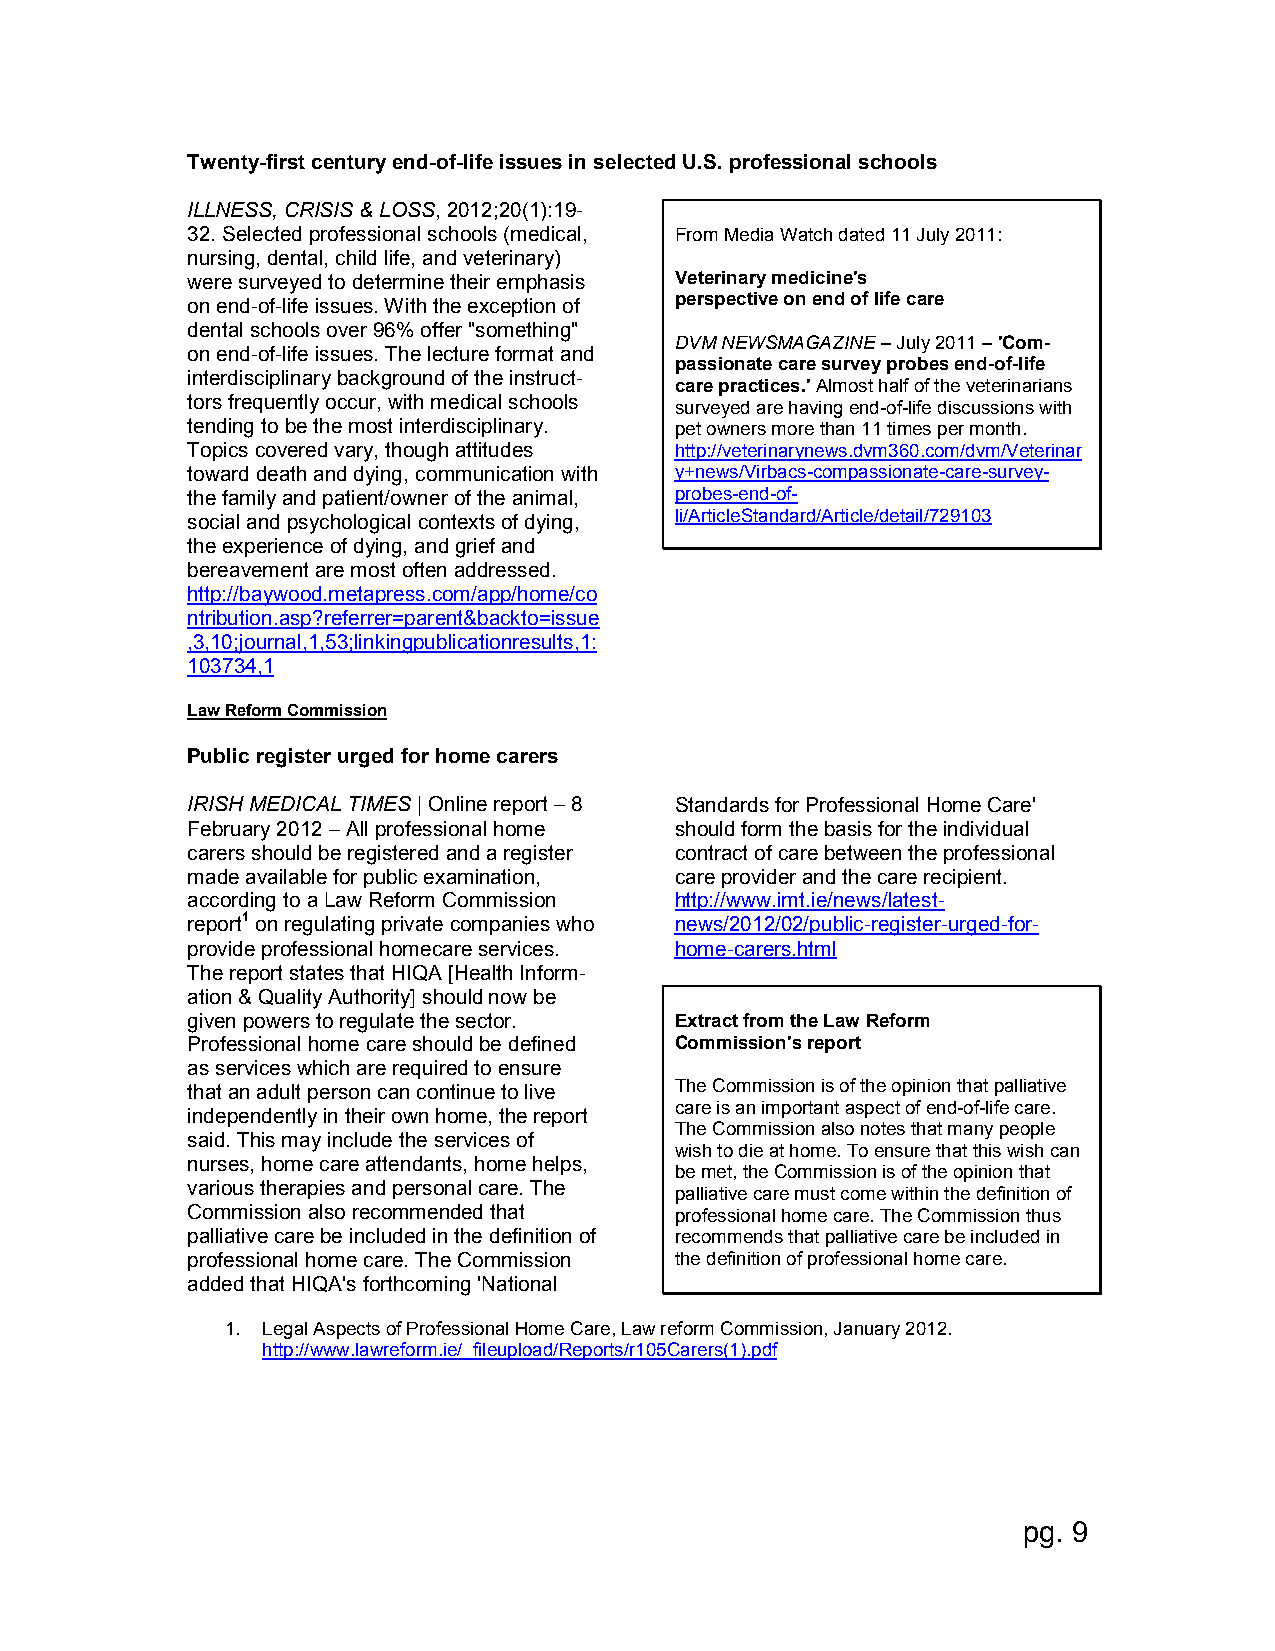
Twenty-first century end-of-life issues in selected U.S. professional schools
 ILLNESS, CRISIS & LOSS, 2012;20(1):19-
 32. Selected professional schools (medical, From Media Watch dated 11 July 2011:
 nursing, dental, child life, and veterinary)
 were surveyed to determine their emphasis Veterinary medicine's
 on end-of-life issues. With the exception of perspective on end of life care
 dental schools over 96% offer "something"
 DVM NEWSMAGAZINE – July 2011 – 'Com-
 on end-of-life issues. The lecture format and
 passionate care survey probes end-of-life
 interdisciplinary background of the instruct-
 care practices.' Almost half of the veterinarians
 tors frequently occur, with medical schools
 surveyed are having end-of-life discussions with
 tending to be the most interdisciplinary. pet owners more than 11 times per month.
 Topics covered vary, though attitudes http://veterinarynews.dvm360.com/dvm/Veterinar
 toward death and dying, communication with y+news/Virbacs-compassionate-care-survey-
 the family and patient/owner of the animal, probes-end-of-
 social and psychological contexts of dying, li/ArticleStandard/Article/detail/729103
 the experience of dying, and grief and
 bereavement are most often addressed.
 http://baywood.metapress.com/app/home/co
 ntribution.asp?referrer=parent&backto=issue
 ,3,10;journal,1,53;linkingpublicationresults,1:
 103734,1
 Law Reform Commission
 Public register urged for home carers
 IRISH MEDICAL TIMES | Online report – 8 Standards for Professional Home Care'
 February 2012 – All professional home should form the basis for the individual
 carers should be registered and a register contract of care between the professional
 made available for public examination, care provider and the care recipient.
 according to a Law Reform Commission http://www.imt.ie/news/latest-
 report1 on regulating private companies who news/2012/02/public-register-urged-for-
 provide professional homecare services. home-carers.html
 The report states that HIQA [Health Inform-
 ation & Quality Authority] should now be
 given powers to regulate the sector. Extract from the Law Reform
 Professional home care should be defined Commission's report
 as services which are required to ensure
 that an adult person can continue to live The Commission is of the opinion that palliative
 care is an important aspect of end-of-life care.
 independently in their own home, the report
 The Commission also notes that many people
 said. This may include the services of
 wish to die at home. To ensure that this wish can
 nurses, home care attendants, home helps,
 be met, the Commission is of the opinion that
 various therapies and personal care. The
 palliative care must come within the definition of
 Commission also recommended that professional home care. The Commission thus
 palliative care be included in the definition of recommends that palliative care be included in
 professional home care. The Commission the definition of professional home care.
 added that HIQA's forthcoming 'National
 1. Legal Aspects of Professional Home Care, Law reform Commission, January 2012.
 http://www.lawreform.ie/_fileupload/Reports/r105Carers(1).pdf
 pg. 9